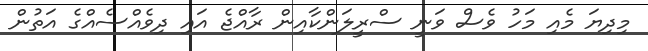
މިދިޔަ މެއި މަހު ވެސް ވަނީ ސްރީލަންކާއިން ރާއްޖެ އައި ދިވެއްސެއްގެ އަތުން